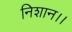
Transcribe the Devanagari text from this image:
निशान।।